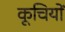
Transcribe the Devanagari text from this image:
कूचियों